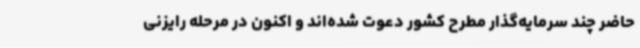
حاضر چند سرمایه‌گذار مطرح کشور دعوت شده‌اند و اکنون در مرحله رایزنی